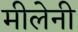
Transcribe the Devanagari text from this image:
मीलेनी